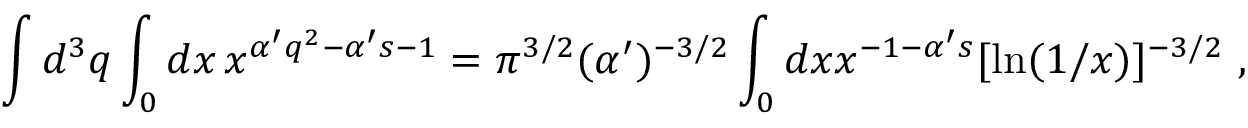
\int d ^ { 3 } q \int _ { 0 } d x \, x ^ { \alpha ^ { \prime } q ^ { 2 } - \alpha ^ { \prime } s - 1 } = \pi ^ { 3 / 2 } ( \alpha ^ { \prime } ) ^ { - 3 / 2 } \int _ { 0 } d x x ^ { - 1 - \alpha ^ { \prime } s } [ \ln ( 1 / x ) ] ^ { - 3 / 2 } \ ,